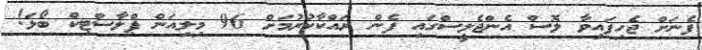
ފެނަށް ޖެހިފައިވާ ލޮސް އެންޖެލީސްގައި ފެން ރައްކާކުރުމަށް 96 މިލިއަން ޕްލާސްޓިކް ބޯޅަ!